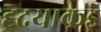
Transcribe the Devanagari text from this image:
ह्र्दयाकडे